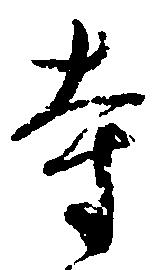
寺